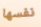
نفسها